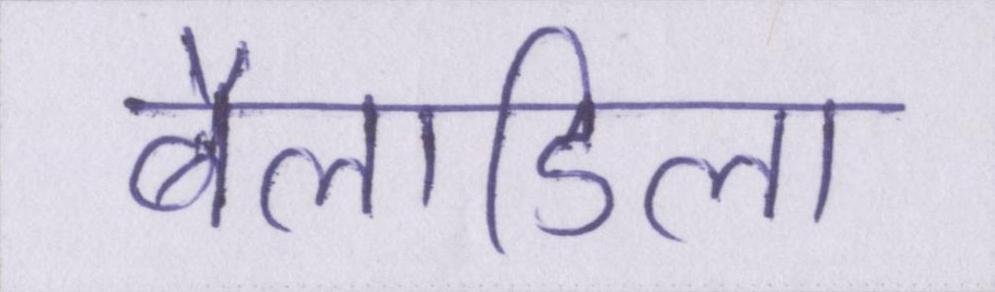
बैलाडिला